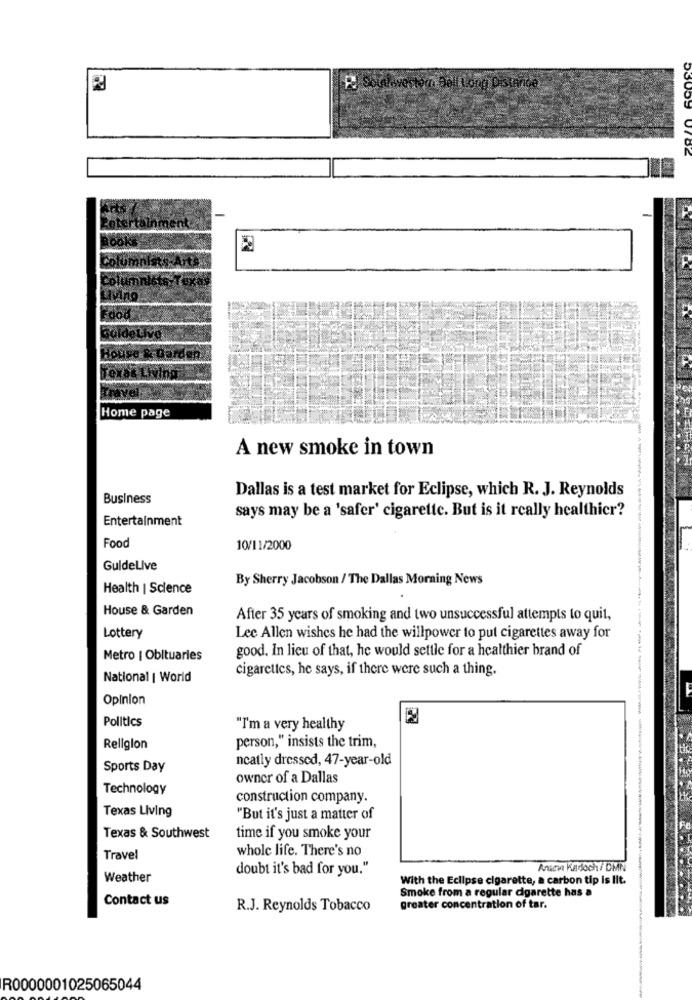
P: Solalowestomi DellLong Distance
Home page
A new smoke in town
Dallas is a test market for Eclipse, which R. J. Reynolds
Business
says may be a 'safer' cigarette. But is it really healthier?
Entertainment
Food
10/11/2000
GuldeLive
By Sherry Jacobson / The Dallas Morning News
Health | Science
House & Garden
After 35 years of smoking and two unsuccessful attempts to quit,
Lottery
Lee Allen wishes he had the willpower to put cigarettes away for
good. In lieu of that, he would settle for a healthier brand of
Metro | Obituaries
cigarettes, he says, if there were such a thing,
National | World
Opinion
Politics
"I'm a very healthy
person," insists the trim,
Religion
ncatly dressed, 47-year-old
Sports Day
owner of a Dallas
Technology
construction company.
Texas Living
"But it's just a matter of
Texas & Southwest
time if you smoke your
whole life. There's no
Travel
doubt it's bad for you."
Anamva Katdoch / DMN
Weather
With the Eclipse cigarette, a carbon tip is lit.
Smoke from a regular cigarette has a
Contact us
R.J. Reynolds Tobacco
greater concentration of tar.
R0000001025065044